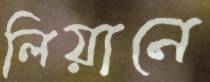
লিয়ানে